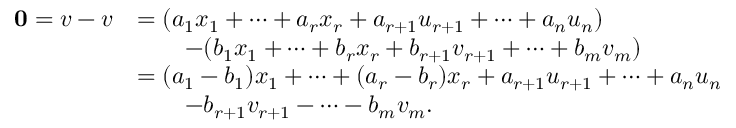
\begin{array} { r l } { \mathbf { 0 } = v - v } & { = ( a _ { 1 } x _ { 1 } + \cdots + a _ { r } x _ { r } + a _ { r + 1 } u _ { r + 1 } + \cdots + a _ { n } u _ { n } ) } \\ & { \qquad - ( b _ { 1 } x _ { 1 } + \cdots + b _ { r } x _ { r } + b _ { r + 1 } v _ { r + 1 } + \cdots + b _ { m } v _ { m } ) } \\ & { = ( a _ { 1 } - b _ { 1 } ) x _ { 1 } + \cdots + ( a _ { r } - b _ { r } ) x _ { r } + a _ { r + 1 } u _ { r + 1 } + \cdots + a _ { n } u _ { n } } \\ & { \qquad - b _ { r + 1 } v _ { r + 1 } - \cdots - b _ { m } v _ { m } . } \end{array}